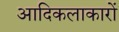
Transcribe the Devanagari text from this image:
आदिकलाकारों